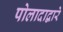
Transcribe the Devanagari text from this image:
पोलादाद्वारे